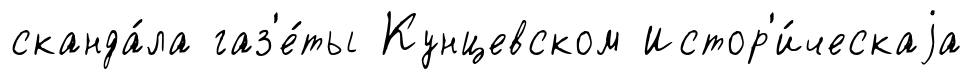
сканда́ла газ'е́ты Кунцевском Истор'и́ческаjа